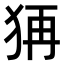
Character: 𤞕